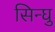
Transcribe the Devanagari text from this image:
सिन्घु